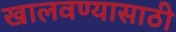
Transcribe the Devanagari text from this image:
खालवण्यासाठी